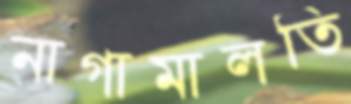
নাগামালতি